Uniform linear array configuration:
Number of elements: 64
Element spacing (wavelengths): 0.25
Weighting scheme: blackman
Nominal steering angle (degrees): -15
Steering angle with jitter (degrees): -16.734
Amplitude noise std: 0.05
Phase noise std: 0.05

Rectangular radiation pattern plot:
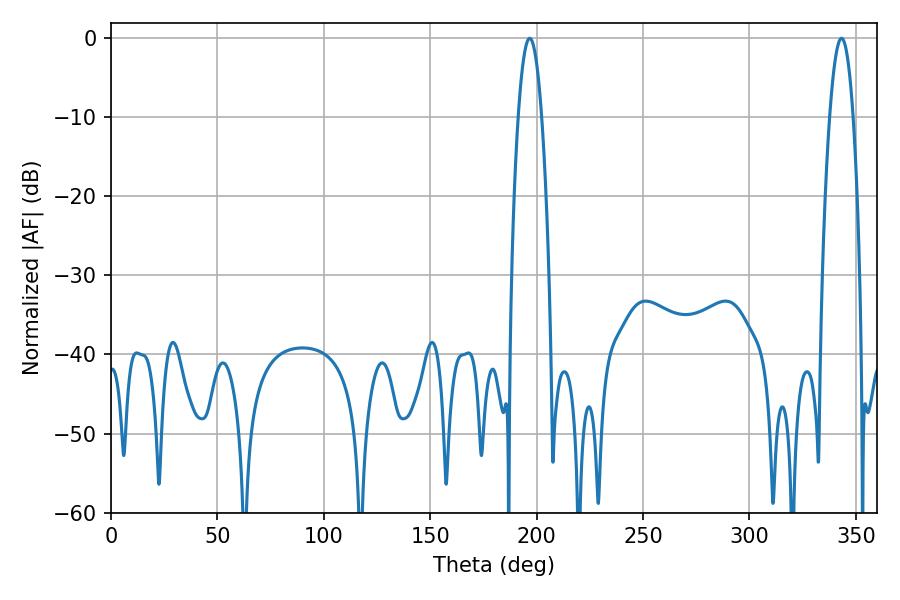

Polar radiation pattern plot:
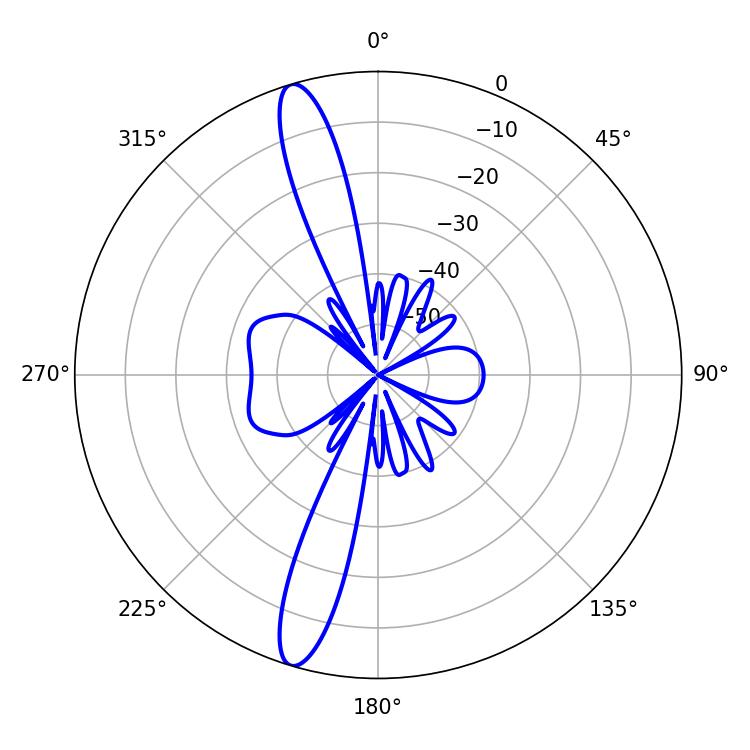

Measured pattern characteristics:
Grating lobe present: FALSE
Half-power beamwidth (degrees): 6.12
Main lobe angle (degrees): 196.74